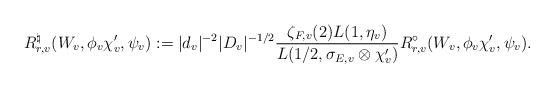
\begin{align*}R_{r,v}^{\natural}(W_{v},\phi_{v} \chi'_{v}, \psi_{v}): ={ |d_{v}|^{-2} |D_{v}|^{-1/2}} { \zeta_{F, v}(2)L(1, \eta_{v})\over L(1/2, \sigma_{E,v}\otimes \chi'_{v})}R_{r,v}^{\circ}( W_{v},\phi_{v} \chi_{v}', \psi_{v}).\end{align*}